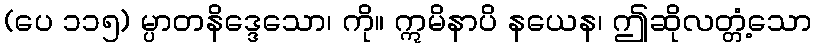
(ပေ ၁၁၅) မ္ပာတနိဒ္ဒေသော၊ ကို။ ဣမိနာပိ နယေန၊ ဤဆိုလတ္တံ့သော